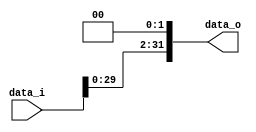
// id: 109550022

`timescale 1ns/1ps
module Shift_Left_Two_32(
    data_i,
    data_o
    );

//I/O ports                    
input [32-1:0] data_i;
output reg [32-1:0] data_o;

//shift left 2
always @(data_i) begin
    data_o <= {data_i[29:0], 2'b00};
end 

endmodule